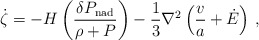
\begin{align*}\dot\zeta = - H \left({\delta P_{\rm nad} \over \rho+P}\right) -{1\over3} \nabla^2\left({v\over a}+\dot{E}\right) \, ,\end{align*}